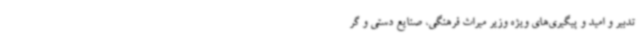
تدبیر و امید و پیگیری‌های ویژه وزیر میراث فرهنگی، صنایع دستی و گر